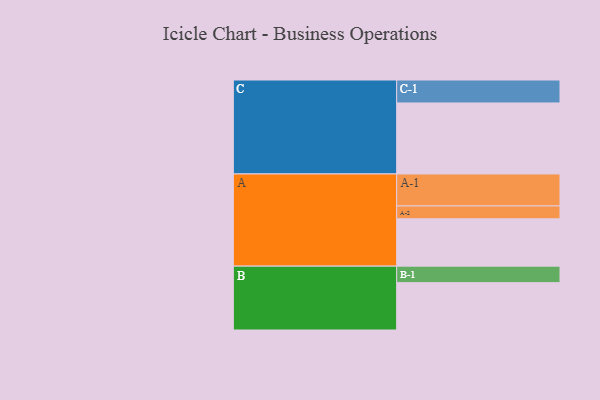
{"axis": {"x": "Segment", "y": "Value"}, "legend": ["", "A", "B", "C"], "data": [{"x": "A", "y": 398, "type": ""}, {"x": "B", "y": 398, "type": ""}, {"x": "C", "y": 597, "type": ""}, {"x": "A-1", "y": 269, "type": "A"}, {"x": "A-2", "y": 108, "type": "A"}, {"x": "B-1", "y": 139, "type": "B"}, {"x": "C-1", "y": 193, "type": "C"}]}